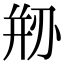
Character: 剙